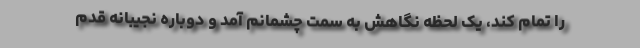
را تمام کند، یک لحظه نگاهش به سمت چشمانم آمد و دوباره نجیبانه قدم